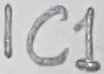
Text: IC1